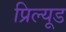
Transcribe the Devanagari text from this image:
प्रिल्यूड